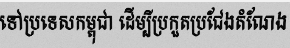
ទៅប្រទេសកម្ពុជា ដើម្បីប្រកួតប្រជែងតំណែង